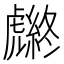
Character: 𧈆